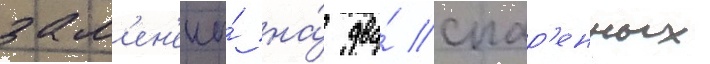
зам'ен'ены́ на́ два́ спар'енных